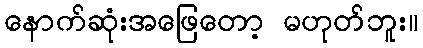
နောက်ဆုံးအဖြေတော့ မဟုတ်ဘူး။